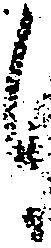
候